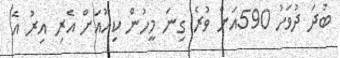
ބުދަ ދުވަހު 590އަށް ވުރެ ގިނަ މީހުން ކިއޫއަށް އެރި އިރު އެ